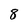
Character: 8